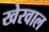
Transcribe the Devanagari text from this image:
खेरवाल